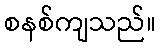
စနစ်ကျသည်။